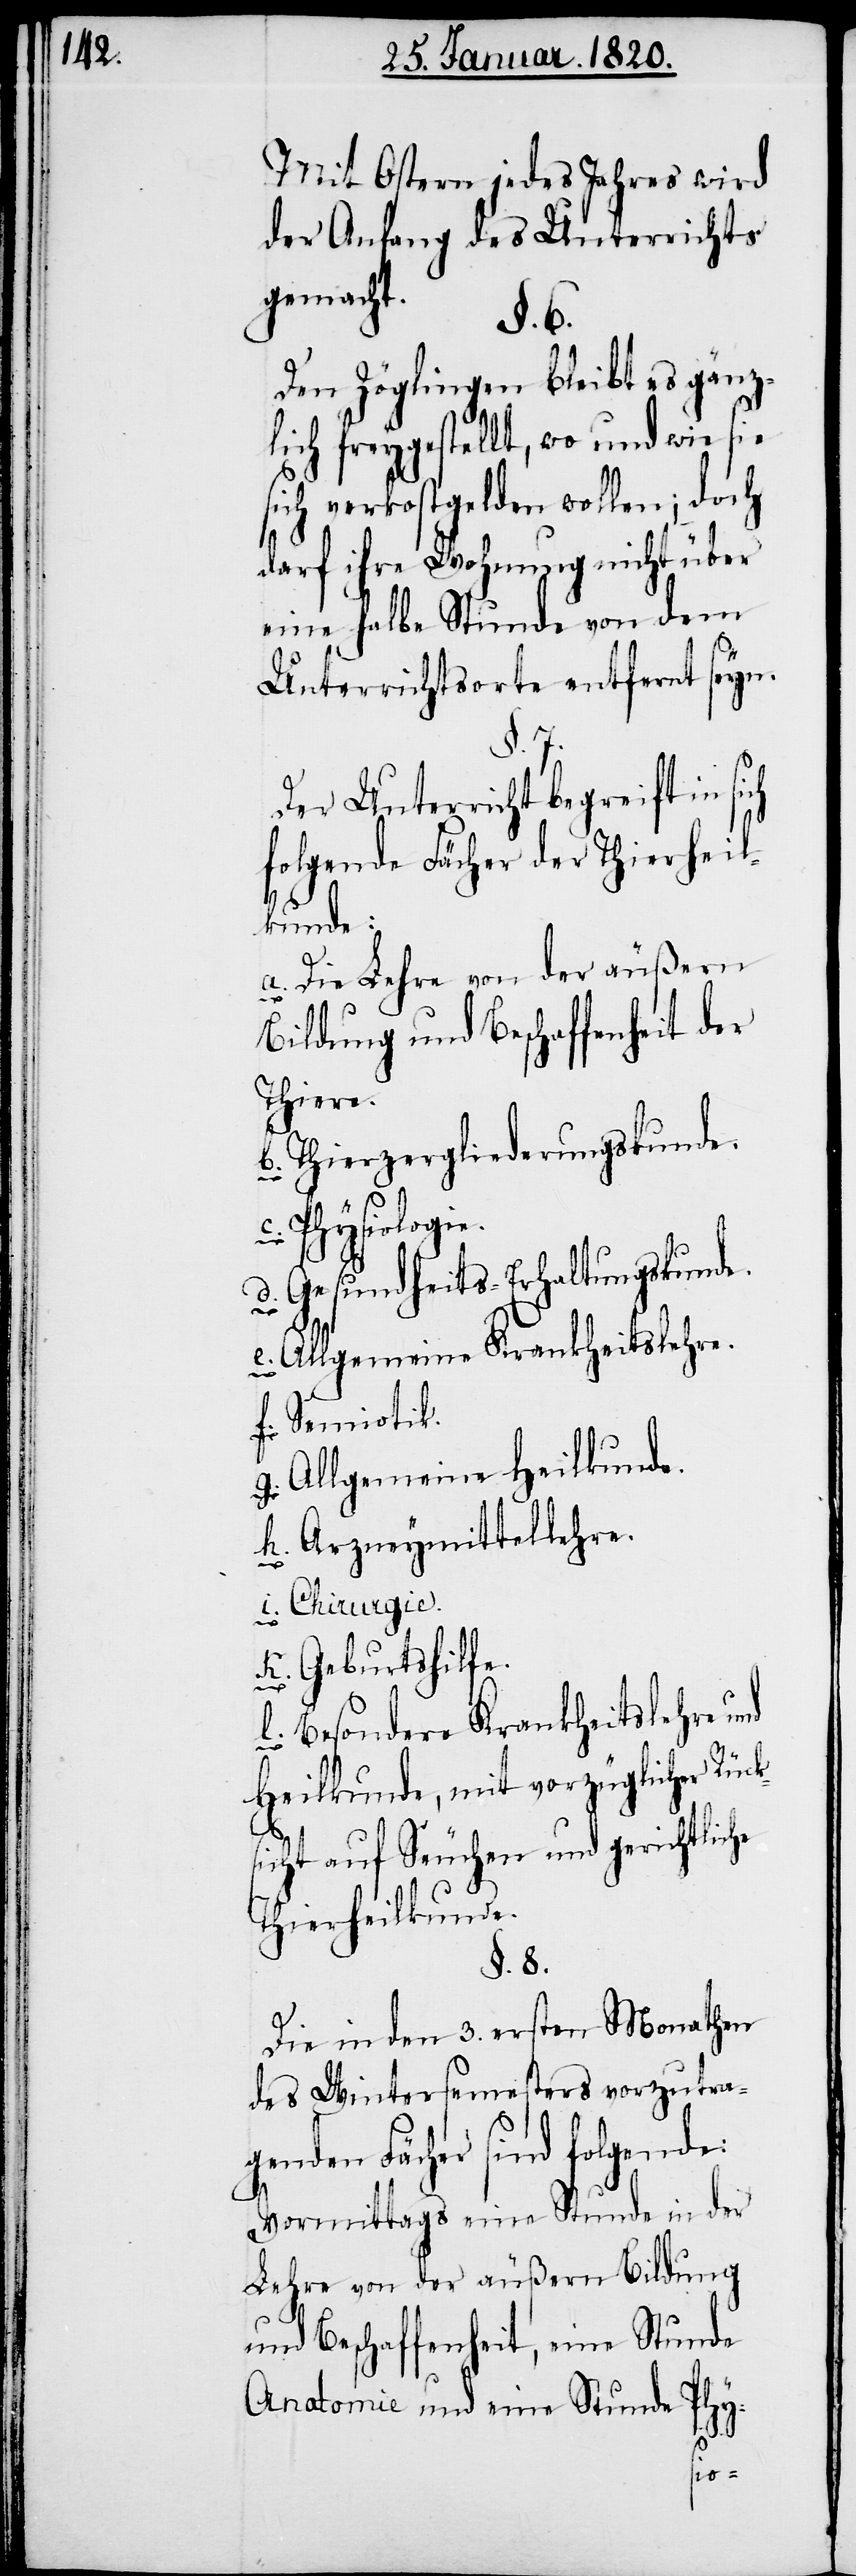
Mit Ostern jedes Jahres wird
der Anfang des Unterrichts
gemacht.
§. 6.
Den Zöglingen bleibt es gänz¬
lich freygestellt, wo und wie sie
sich verkostgelden wollen; doch
darf ihre Wohnung nicht über
eine halbe Stunde von dem
Unterrichtsorte entfernt seyn.
Der Unterricht begreift in
folgende Fächer der Thierheil¬
kunde:
a. Die Lehre von der äußern
Bildung und Beschaffenheit der
Thiere.
b. Thierzergliederungskunde.
Physiologie.
d. Gesundheits-Erhaltungskunde.
e. Allgemeine Krankheitslehre.
f. Semiotik.
g. Allgemeine Heilkunde.
h. Arzneymittellehre.
i. Chirurgie.
k. Geburtshilfe.
l. Besondere Krankheitslehre und
Heilkunde, mit vorzüglicher Rück¬
sicht auf Seuchen und gerichtliche
Thierheilkunde.
§. 8.
Die in den 3. ersten Monathen
des Wintersemesters vorzutra¬
genden Fächer sind folgende:
Vormittags eine Stunde in der
Lehre von der äußern Bildung
und Beschaffenheit, eine Stunde
Anatomie und eine Stunde Phy-